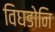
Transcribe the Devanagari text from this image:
विघडोनि